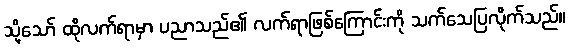
သို့သော် ထိုလက်ရာမှာ ပညာသည်၏ လက်ရာဖြစ်ကြောင်းကို သက်သေပြလိုက်သည်။